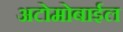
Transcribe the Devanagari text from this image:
अटोमोबाईल